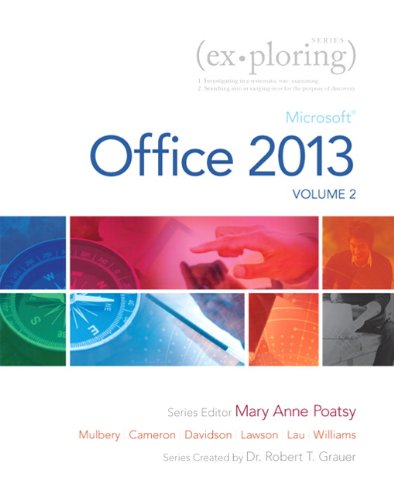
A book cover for Exploring Microsoft Office 2013, Volume 2 (Exploring for Office 2013); MaryAnne Poatsy; Computers & Technology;